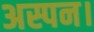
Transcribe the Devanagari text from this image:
अस्पन।